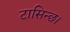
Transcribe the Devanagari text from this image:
टासिन्छ।